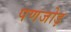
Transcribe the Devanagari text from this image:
पणजोड़